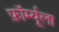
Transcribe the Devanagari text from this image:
फ़ॉर्म्यूला